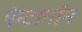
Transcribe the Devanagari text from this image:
पेन्टागॉन